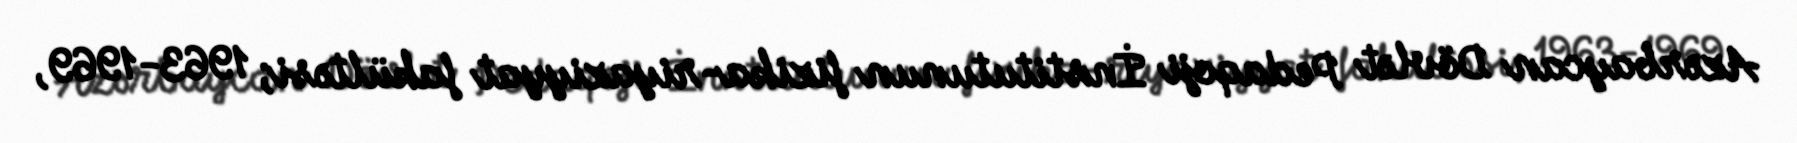
Azərbaycan Dövlət Pedaqoji İnstitutunun fizika-riyaziyyat fakültəsi; 1963-1969,